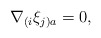
\begin{align*}\nabla_{(i}\xi_{j)a}=0 , \end{align*}